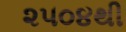
૨૫૦૪થી